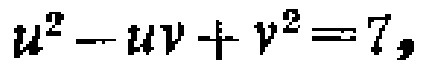
\(u^{2}-uv + v^{2}=7\)